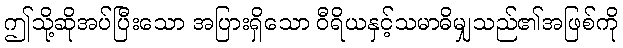
ဤသို့ဆိုအပ်ပြီးသော အပြားရှိသော ဝီရိယနှင့်သမာဓိမျှသည်၏အဖြစ်ကို